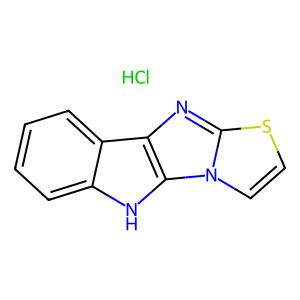
SMILES: Cl.c1ccc2c(c1)[nH]c1c2nc2sccn21
Inhibits HIV replication: No